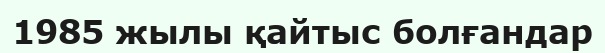
1985 жылы қайтыс болғандар